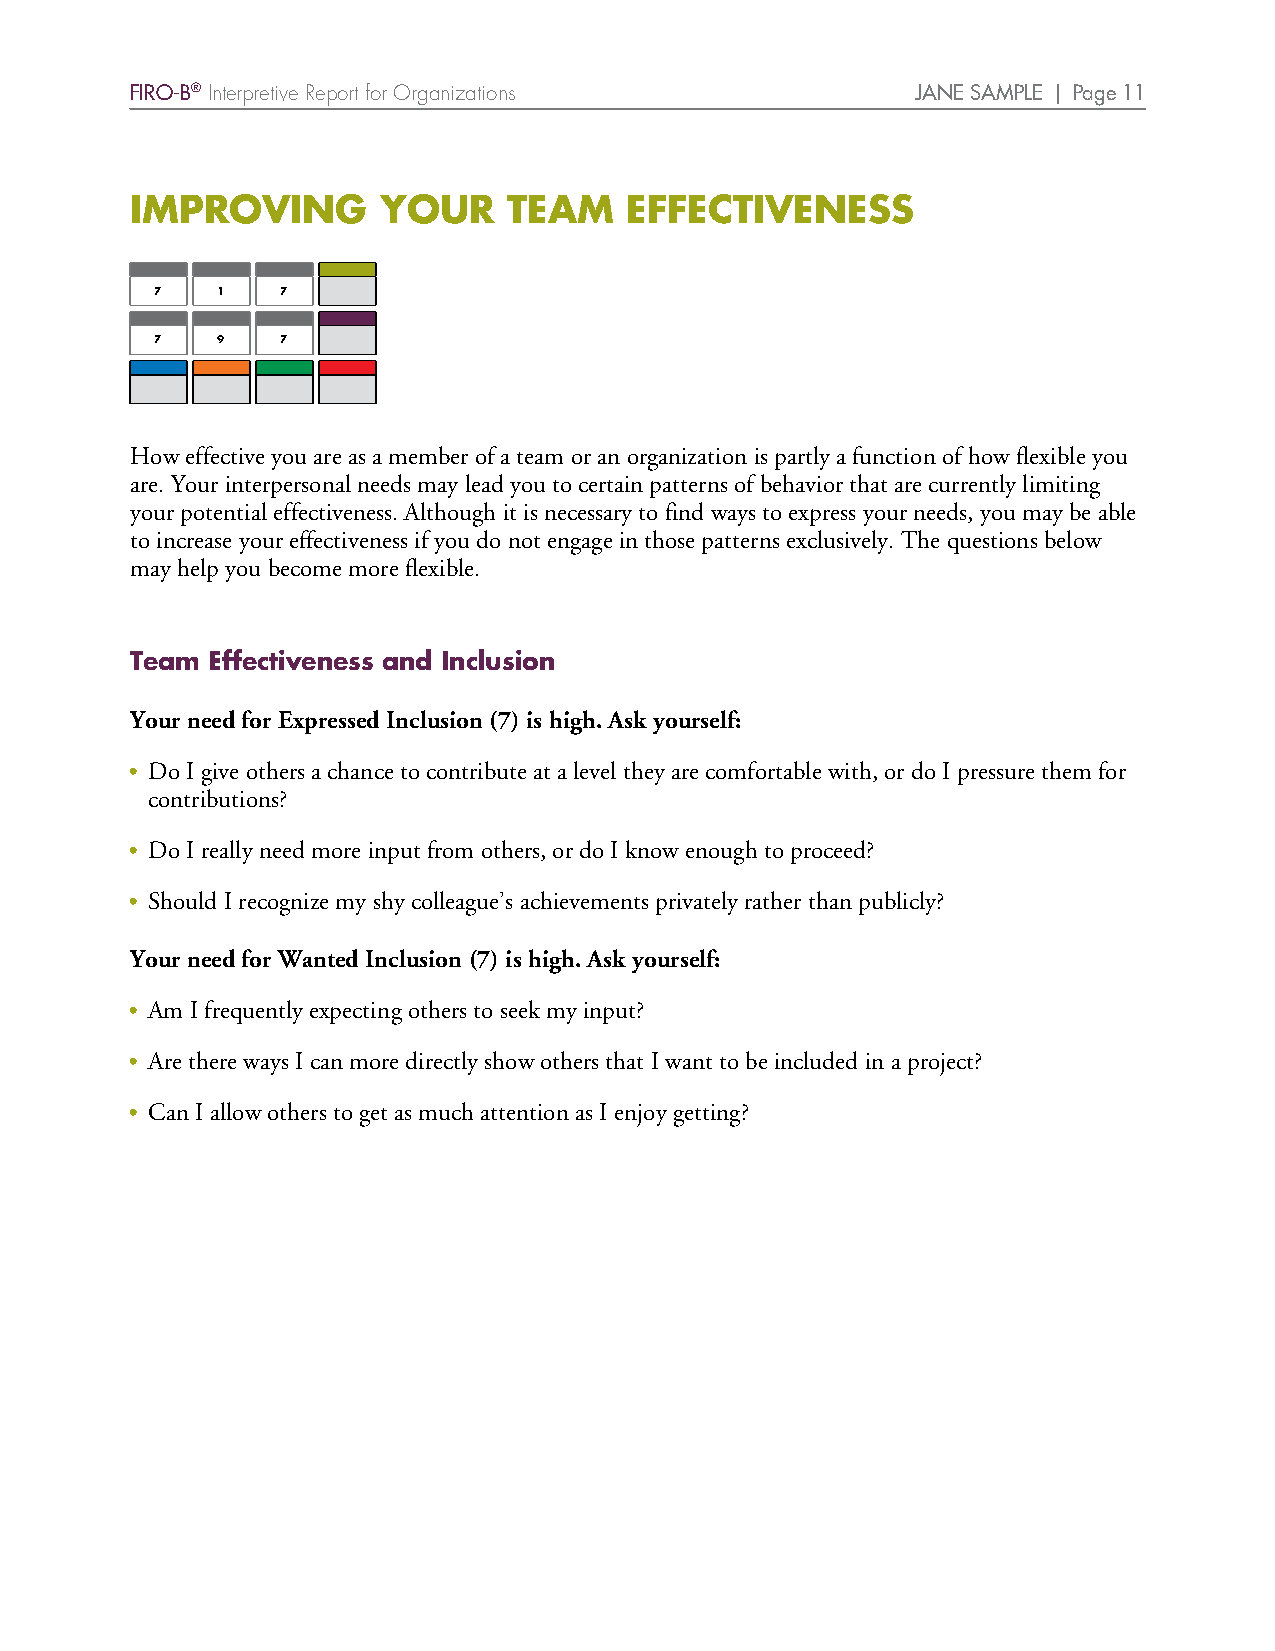
FIRO-B® Interpretive Report for Organizations       JANE SAMPLE | Page 11
 IMPROVING       YOUR     TEAM    EFFECTIVENESS
 7   1    7
 7   9    7
 How effective you are as a member of a team or an organization is partly a function of how flexible you
 are. Your interpersonal needs may lead you to certain patterns of behavior that are currently limiting
 your potential effectiveness. Although it is necessary to find ways to express your needs, you may be able
 to increase your effectiveness if you do not engage in those patterns exclusively. The questions below
 may help you become more flexible.
 Team Effectiveness and Inclusion
 Your need for Expressed Inclusion (7) is high. Ask yourself:
 • Do I give others a chance to contribute at a level they are comfortable with, or do I pressure them for
 contributions?
 • Do I really need more input from others, or do I know enough to proceed?
 • Should I recognize my shy colleague’s achievements privately rather than publicly?
 Your need for Wanted Inclusion (7) is high. Ask yourself:
 • Am I frequently expecting others to seek my input?
 • Are there ways I can more directly show others that I want to be included in a project?
 • Can I allow others to get as much attention as I enjoy getting?